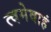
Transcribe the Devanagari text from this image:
त्वमेवाहं